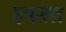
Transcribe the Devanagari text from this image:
हकला